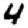
Digit: 4